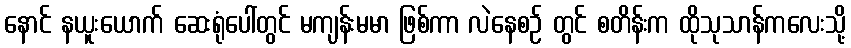
နောင် နယူးယောက် ဆေးရုံပေါ်တွင် မကျန်းမမာ ဖြစ်ကာ လဲနေစဉ် တွင် စတိန်းက ထိုသုသာန်ကလေးသို့